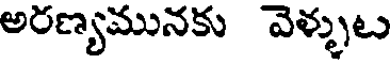
అరణ్యమునకు వెళ్ళుట